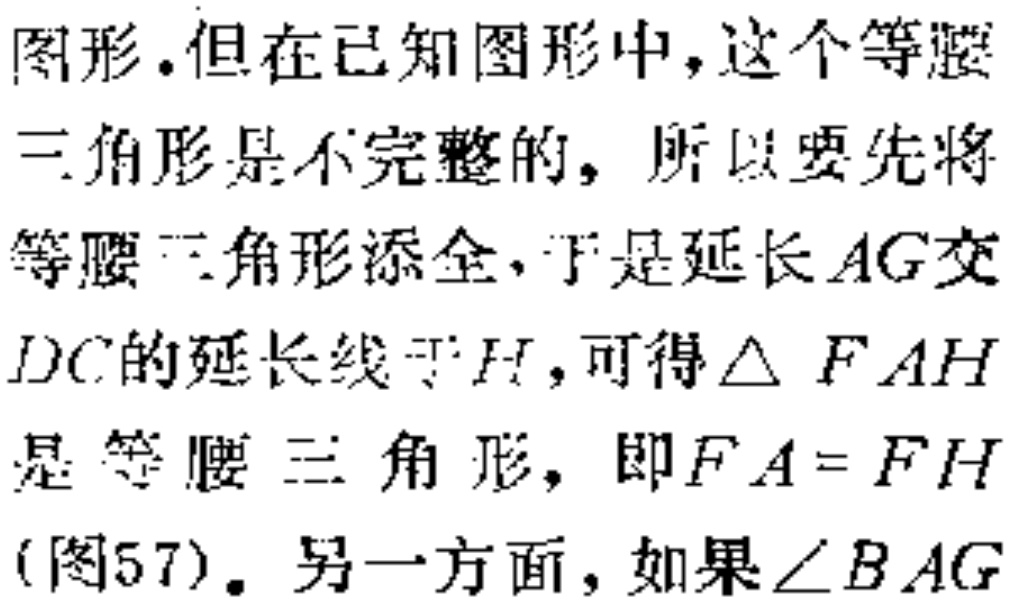
图形.但在已知图形中,这个等腰

三角形是不完整的, 所以要先将

等腰三角形添全,于是延长 \(AG\) 交

\(DC\)的延长线于\(H\), 可得\(\triangle FAH\)

是等腰三角形, 即\(FA = FH\)

(图57). 另一方面, 如果\(\angle BAG\)